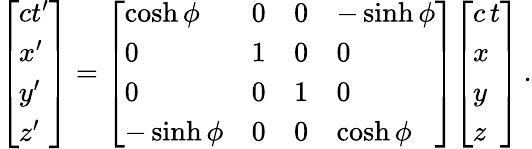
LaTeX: {\left[\begin{array}{l}{ct^{\prime}}\\ {x^{\prime}}\\ {y^{\prime}}\\ {z^{\prime}}\end{array}\right]}={\left[\begin{array}{llll}{\cosh\phi}&{0}&{0}&{-\sinh\phi}\\ {0}&{1}&{0}&{0}\\ {0}&{0}&{1}&{0}\\ {-\sinh\phi}&{0}&{0}&{\cosh\phi}\end{array}\right]}{\left[\begin{array}{l}{c\, t}\\ {x}\\ {y}\\ {z}\end{array}\right]}\, .